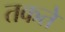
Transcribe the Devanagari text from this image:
तकते